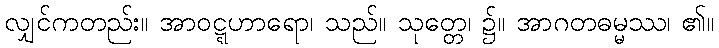
လျှင်ကတည်း။ အာဝဋ္ဋဟာရော၊ သည်။ သုတ္တေ၊ ၌။ အာဂတဓမ္မဿ၊ ၏။